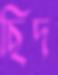
ছিদ